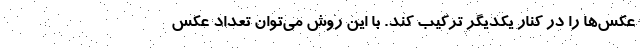
عکس‌ها را در کنار یکدیگر ترکیب کند. با این روش می‌توان تعداد عکس